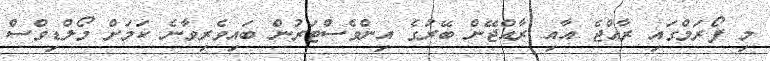
މި ފޯރަމްގައި ރާއްޖެ އާއި ރާއްޖޭން ބޭރުގެ އިންވެސްޓަރުން ބައިވެރިވާނެ ކަމަށް މޯލްޑިވްސް